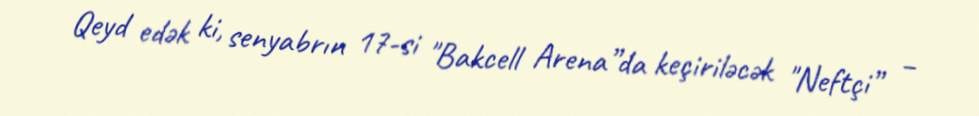
Qeyd edək ki, senyabrın 17-si "Bakcell Arena”da keçiriləcək "Neftçi” –